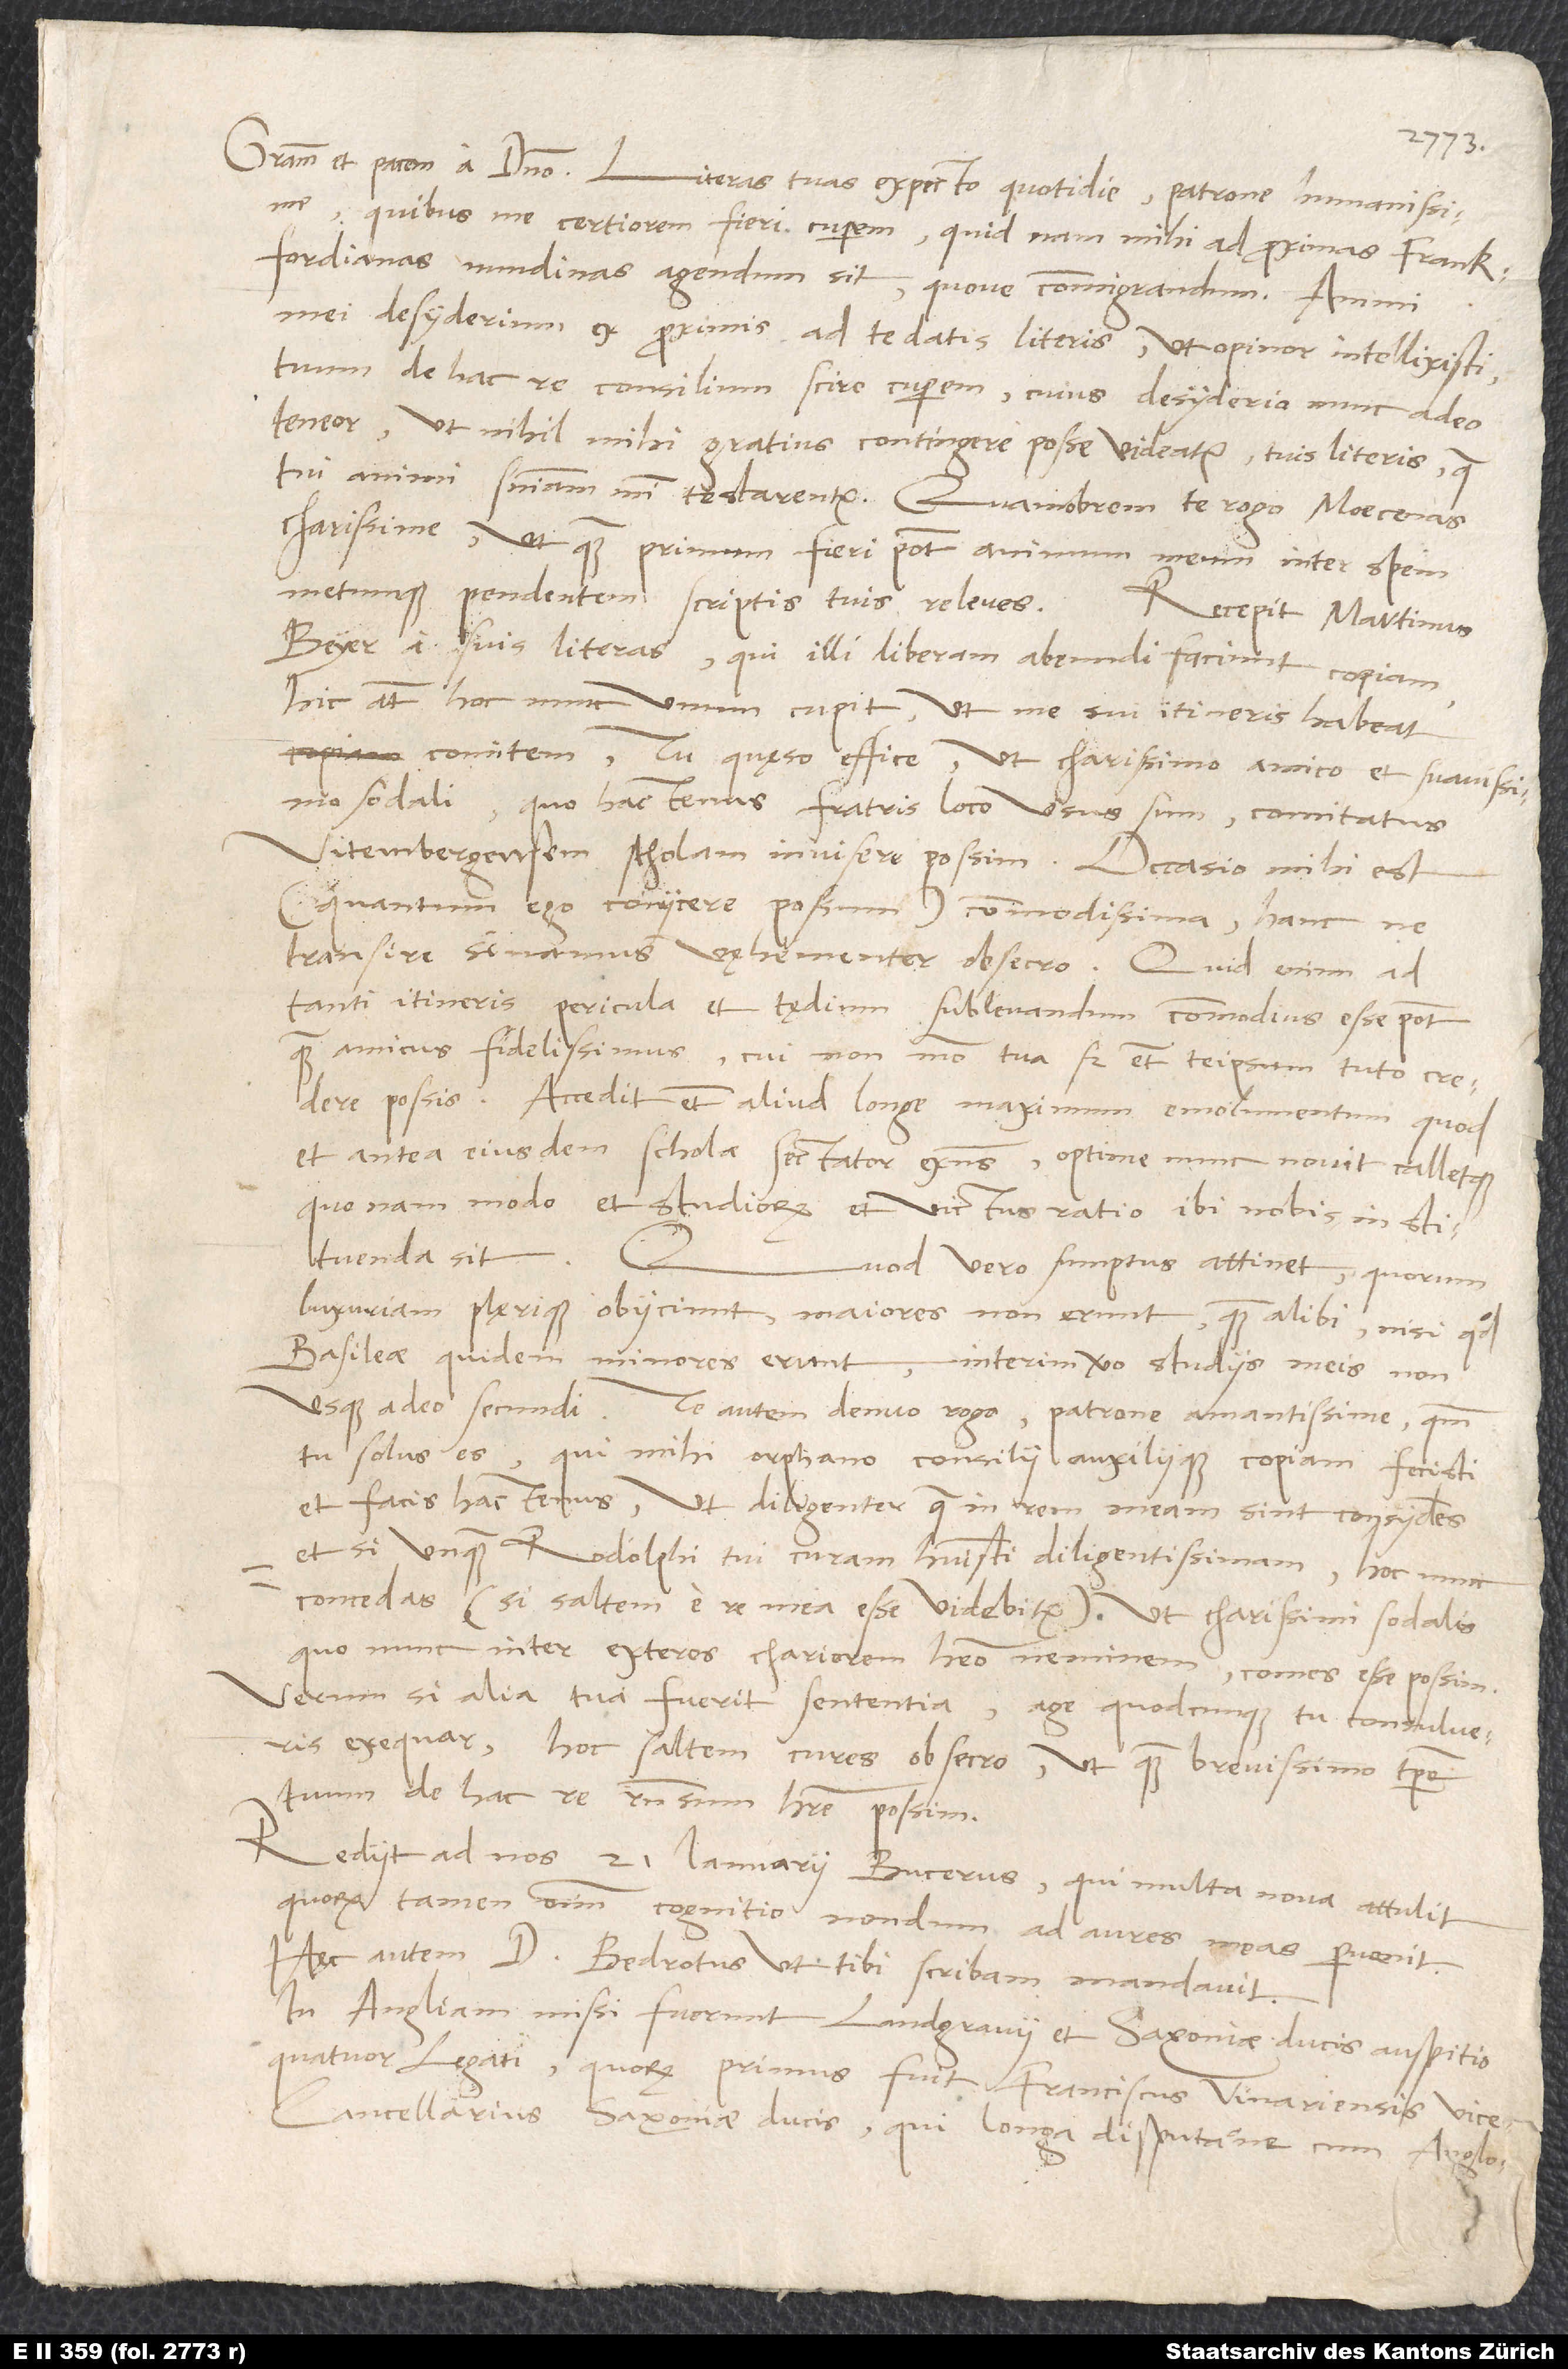
quibus me certiorem fieri cuperem, quid nam mihi ad proximas Frankfordianas
nundinas agendum sit quove commigrandum. Animi
mei desyderium ex proximis ad te datis literis, ut opinor, intellexisti;
tuum de hac re consilium scire cuperem, cuius desyderio nunc adeo
teneor, ut nihil mihi gratius contingere posse videatur tuis literis, quae
tui animi sententiam mihi testarentur. Quamobrem te rogo, Moecenas
charissime, ut, quam primum fieri potest, animum meum inter spem
metumque pendentem scriptis tuis releves.
Recepit Martinus
Beyer a suis literas, qui illi liberam abeundi faciunt copiam;
hic autem hoc nunc unum cupit, ut me sui itineris habeat
comitem. Tu, quęso, effice, ut charissimo amico et suavissimo
sodali, quo hactenus fratris loco usus sum, comitatus
Vitembergensem scholam invisere possim. Occasio mihi est
(quantum ego coniicere possum) commodissima; hanc ne
transire sinamus, vęhementer obsecro. Quid enim ad
tanti itineris pericula et tędium sublevandum commodius esse potest
quam amicus fidelissimus, cui non modo tua, sed etiam teipsum tuto credere
possis. Accedit etiam aliud longe maximum emolumentum, quod
et antea eiusdem schola sectator existens optime nunc novit calletque,
quo nam modo et studiorum et victus ratio ibi nobis instituenda
Quod vero sumptus attinet, quorum
luxuriam plęrique obiiciunt, maiores non erunt quam alibi, nisi quod
Basileae quidem minores erunt, interim vero studiis meis non
usque adeo secundi. Te autem denuo rogo, patrone amantissime, quoniam
tu solus es, qui mihi orphano consilii auxiliique copiam fecisti
et facis hactenus, ut diligenter, quae in rem meam sint, consyderes,
et si unquam Rodolphi tui curam habuisti diligentissimam, hoc nunc
concedas (si saltem e re mea esse videbitur), ut charissimi sodalis,
quo nunc inter exteros chariorem habeo neminem, comes esse possim.
Verum si alia tua fuerit sententia, age, quodcunque tu consulueris,
exequar; hoc saltem cures, obsecro, ut quam brevissimo tempore
tuum de hac re responsum habere possim.
Rediit ad nos 21. ianuarii Bucerus, qui multa nova attulit,
quorum tamen omnium cognitio nondum ad aures meas pervenit.
Hęc autem d. Bedrotus, ut tibi scribam, mandavit:
In Angliam missi fuerunt landgravii et Saxoniae ducis auspitio
quatuor legati, quorum primus fuit Franciscus Vinariensis,
vicecancellarius Saxoniae ducis, qui longa disputatione cum Anglor um